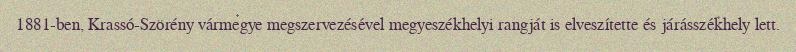
1881-ben, Krassó-Szörény vármegye megszervezésével megyeszékhelyi rangját is elveszítette és járásszékhely lett.